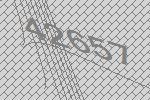
42657